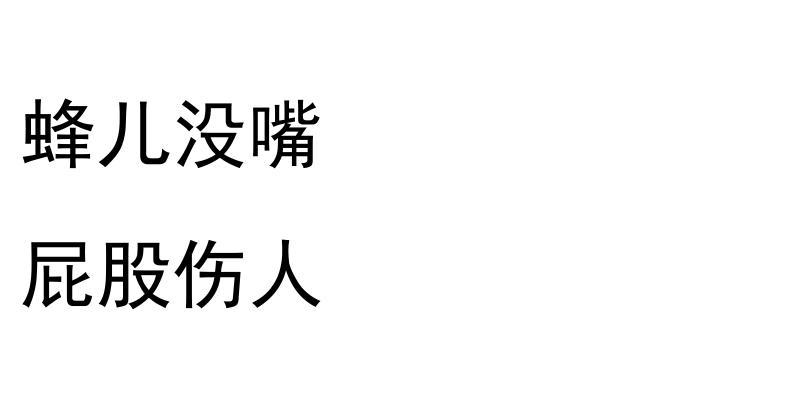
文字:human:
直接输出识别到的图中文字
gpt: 蜂儿没嘴 屁股伤人